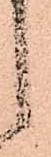
し